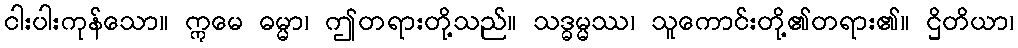
ငါးပါးကုန်သော။ ဣမေ ဓမ္မာ၊ ဤတရားတို့သည်။ သဒ္ဓမ္မဿ၊ သူကောင်းတို့၏တရား၏။ ဌိတိယာ၊